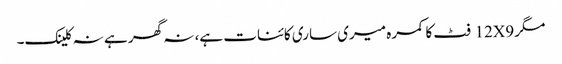
مگر 12X9 فٹ کا کمرہ میری ساری کائنات ہے، نہ گھر ہے نہ کلینک۔